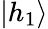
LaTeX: \left|h_{1}\right>